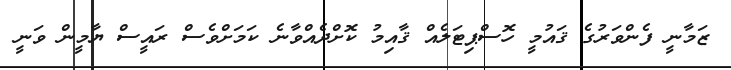
ޒަމާނީ ފެންވަރުގެ ޤައުމީ ހޮސްޕިޓަލެއް ޤާއިމު ކޮށްދެއްވާނެ ކަމަށްވެސް ރައީސް ޔާމީން ވަނީ